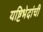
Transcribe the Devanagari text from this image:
यष्टिभेदांची